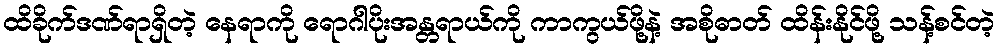
ထိခိုက်ဒဏ်ရာရှိတဲ့ နေရာကို ရောဂါပိုးအန္တရာယ်ကို ကာကွယ်ဖို့နဲ့ အစိုဓာတ် ထိန်းနိုင်ဖို့ သန့်စင်တဲ့